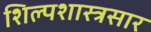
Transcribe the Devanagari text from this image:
शिल्पशास्त्रसार